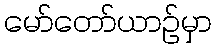
မော်တော်ယာဉ်မှာ